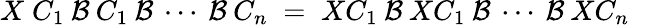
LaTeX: X\; C_{1}\: {\cal{B}}\: C_{1}\: {\cal{B}}\: \cdots\: {\cal{B}}\: C_{n}\; =\; XC_{1}\: {\cal{B}}\: XC_{1}\: {\cal{B}}\: \cdots\: {\cal{B}}\: XC_{n}\; \; \; \; \;